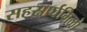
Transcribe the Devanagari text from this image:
सहस्रार्घमिळो